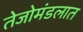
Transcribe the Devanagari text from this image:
तेजोमंडलात